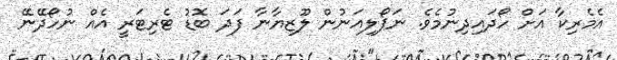
އެމެރިކާ އަށް ހޯދައިދިނުމެވެ. ނަޕޯލިއަނުން ލޫޒިޔާނާ ފަދަ ބޮޑު ޓެރިޓަރީ އެއް ނުހޯދޭނޭ